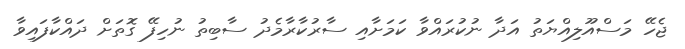
ޖެހޭ މަސްއޫލިއްޔަތު އަދާ ނުކުރައްވާ ކަމަށާއި ސާރުކާރާމެދު ސާބިތު ނުހިފޭ ގޮތަށް ދައްކާފައިވާ